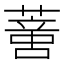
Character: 𦺳